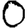
Digit: 0